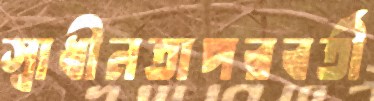
স্বাধীনতাপরবর্তী